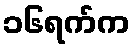
၁၆ရက်က